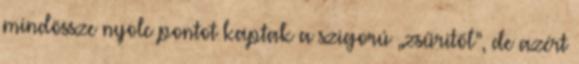
mindössze nyolc pontot kaptak a szigorú „zsűritől”, de azért